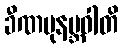
ခီဏပုနဗ္ဘဝါတိ